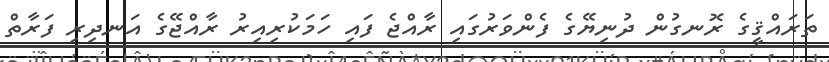
ތަރައްޤީގެ ރޮނގުން ދުނިޔޭގެ ފެންވަރުގައި ރާއްޖެ ފައި ހަމަކުރިއިރު ރާއްޖޭގެ އަނދިރި ފަރާތް